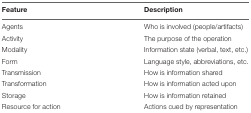
| Feature | Description |
 | --- | --- |
 | Agents | Who is involved (people/artifacts) |
 | Activity | The purpose of the operation |
 | Modality | Information state (verbal, text, etc.) |
 | Form | Language style, abbreviations, etc. |
 | Transmission | How is information shared |
 | Transformation | How is information acted upon |
 | Storage | How is information retained |
 | Resource for action | Actions cued by representation |